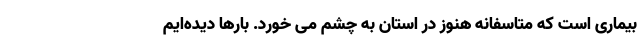
بیماری است که متاسفانه هنوز در استان به چشم می خورد. بارها دیده‌ایم